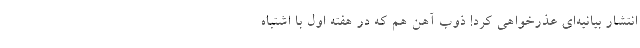
انتشار بیانیه‌ای عذرخواهی کرد! ذوب آهن هم که در هفته اول با اشتباه